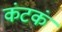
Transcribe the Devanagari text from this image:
कंटकं